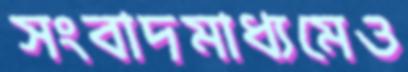
সংবাদমাধ্যমেও